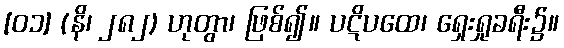
[၀၁] (နိ၊ ၂၈၂) ဟုတွာ၊ ဖြစ်၍။ ပဋိပထေ၊ ရှေးရှုခရီး၌။